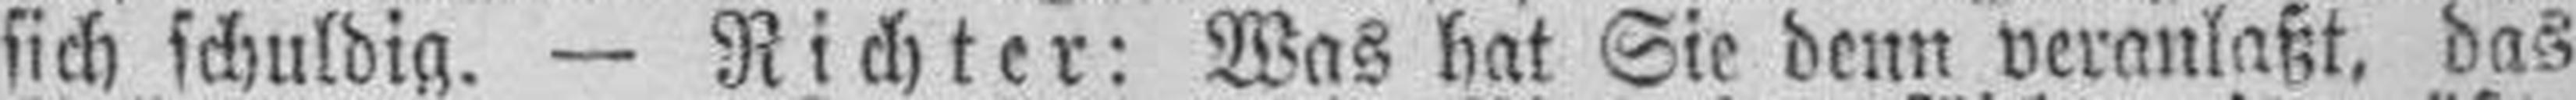
sich schuldig. — Richter: Was hat Sie denn veranlaßt, das